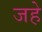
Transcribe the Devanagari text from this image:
जहे